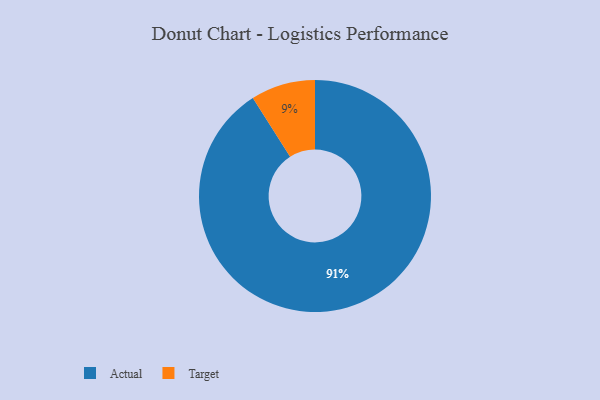
{"axis": {"x": "Category", "y": "Percentage"}, "legend": ["Actual", "Target"], "data": [{"x": "Actual", "y": 91, "type": "Actual"}, {"x": "Target", "y": 9, "type": "Target"}]}